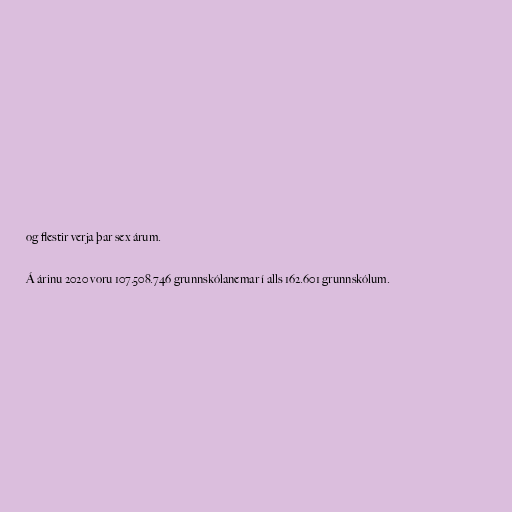
og flestir verja þar sex árum.

Á árinu 2020 voru 107.508.746 grunnskólanemar í alls 162.601 grunnskólum.